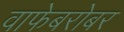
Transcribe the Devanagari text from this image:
वाफेबरोबर